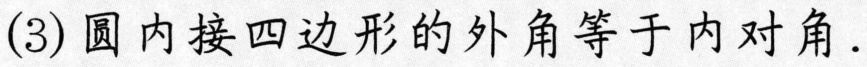
(3)圆内接四边形的外角等于内对角.